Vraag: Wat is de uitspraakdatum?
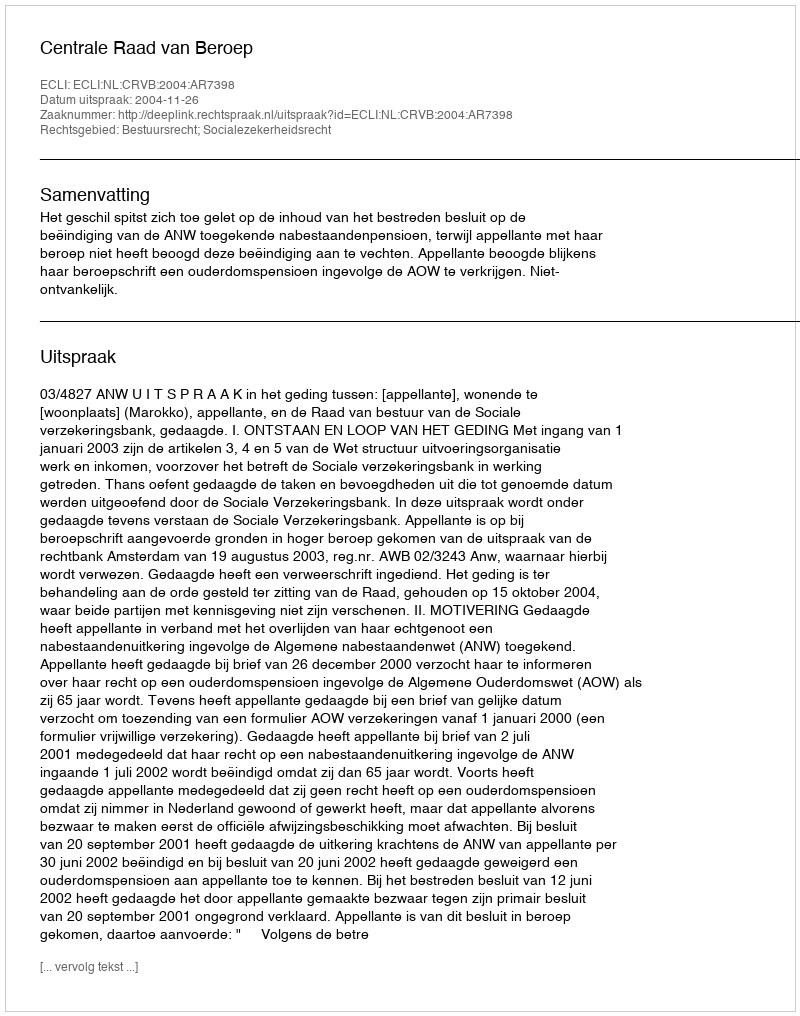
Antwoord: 2004-11-26